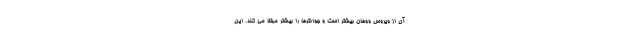
آن از ویروس ووهان بیشتر است و جوانترها را بیشتر مبتلا می کند. این